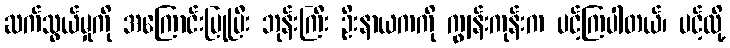
ဆက်သွယ်မှုကို အကြောင်းပြုပြီး ဘုန်းကြီး ဦးနာယကကို ကျွန်းကုန်းက ပင့်ကြပါတယ်၊ ပင့်လို့